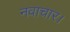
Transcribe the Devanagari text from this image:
नवाचार।